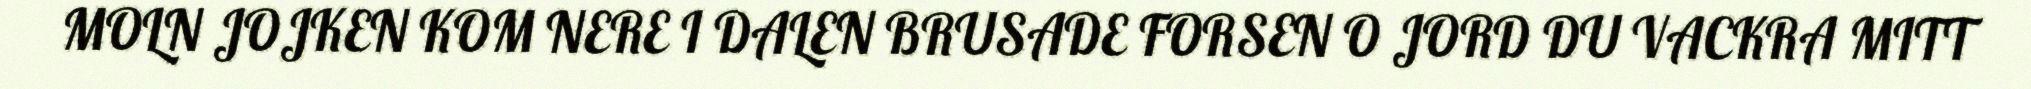
MOLN JOJKEN KOM NERE I DALEN BRUSADE FORSEN O JORD DU VACKRA MITT